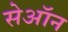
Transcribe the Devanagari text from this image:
सेऑन